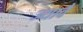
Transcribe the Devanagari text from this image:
ज्यावै